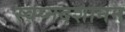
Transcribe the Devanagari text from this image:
स्वप्नदशानन